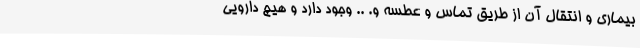
بیماری و انتقال آن از طریق تماس و عطسه و. ‌.. وجود دارد و هیچ دارویی